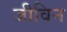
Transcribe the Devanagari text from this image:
जीविन